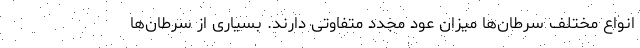
انواع مختلف سرطان‌ها میزان عود مجدد متفاوتی دارند. بسیاری از سرطان‌ها